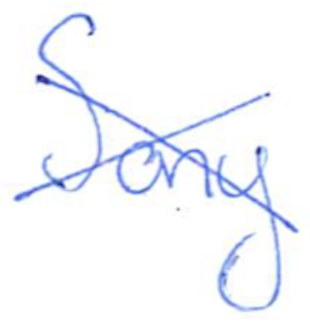
Text: Sony
Cross-out: cross
Writing tool: ballpoint